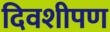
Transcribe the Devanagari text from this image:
दिवशीपण